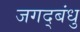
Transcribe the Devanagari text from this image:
जगद्बंधु